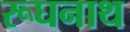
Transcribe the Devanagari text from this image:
रूघनाथ